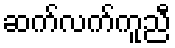
ဆက်လက်ကူညီ